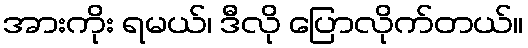
အားကိုး ရမယ်၊ ဒီလို ပြောလိုက်တယ်။